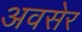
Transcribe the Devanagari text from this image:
अवसेर